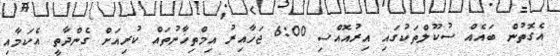
އެގޮތުން ބައެއް ސުކޫލްތަކުގައި އިރުއޮއްސި 6:00 ޖަހާއިރު އިމްތިޚާނުތައް ކުރިއަށް ގެންދާތީ އެކަމާއި